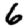
Digit: 6